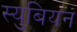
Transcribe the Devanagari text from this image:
स्युबियन